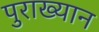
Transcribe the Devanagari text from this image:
पुराख्यान